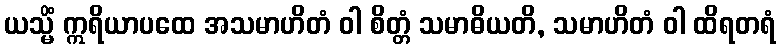
ယသ္မိံ ဣရိယာပထေ အသမာဟိတံ ဝါ စိတ္တံ သမာဓိယတိ, သမာဟိတံ ဝါ ထိရတရံ